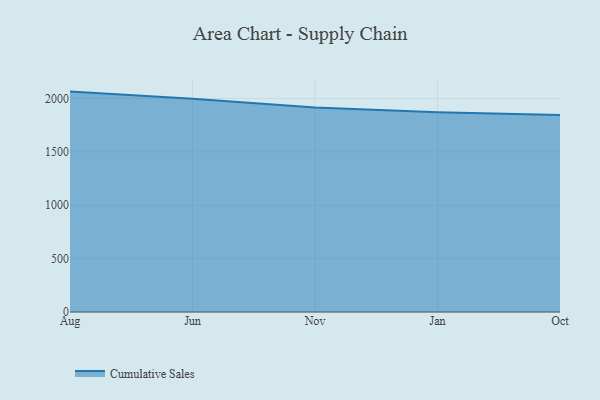
{"axis": {"x": "Month", "y": "Shipments"}, "legend": ["Cumulative Sales"], "data": [{"x": "Aug", "y": 2064.4, "type": "Cumulative Sales"}, {"x": "Jun", "y": 1997.8, "type": "Cumulative Sales"}, {"x": "Nov", "y": 1916.5, "type": "Cumulative Sales"}, {"x": "Jan", "y": 1872.1, "type": "Cumulative Sales"}, {"x": "Oct", "y": 1844.1, "type": "Cumulative Sales"}]}